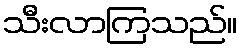
သီးလာကြသည်။